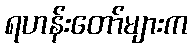
ရဟန်းတော်များက